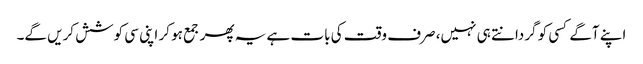
اپنے آگے کسی کو گردانتے ہی نہیں، صرف وقت کی بات ہے یہ پھر جمع ہو کر اپنی سی کوشش کریں گے۔